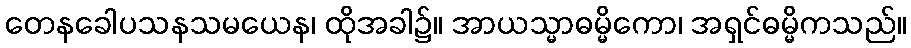
တေနခေါပသနသမယေန၊ ထိုအခါ၌။ အာယသ္မာဓမ္မိကော၊ အရှင်ဓမ္မိကသည်။